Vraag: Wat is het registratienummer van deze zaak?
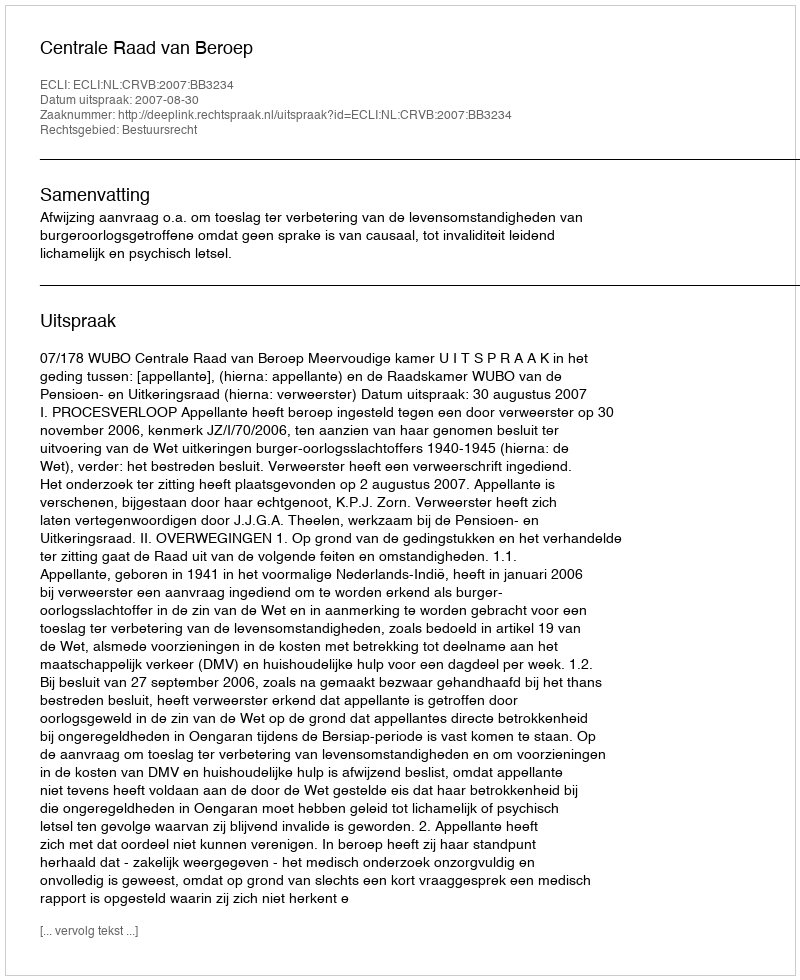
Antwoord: http://deeplink.rechtspraak.nl/uitspraak?id=ECLI:NL:CRVB:2007:BB3234